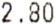
2.80